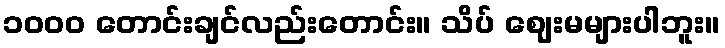
၁၀၀၀ တောင်းချင်လည်းတောင်း။ သိပ် ဈေးမများပါဘူး။